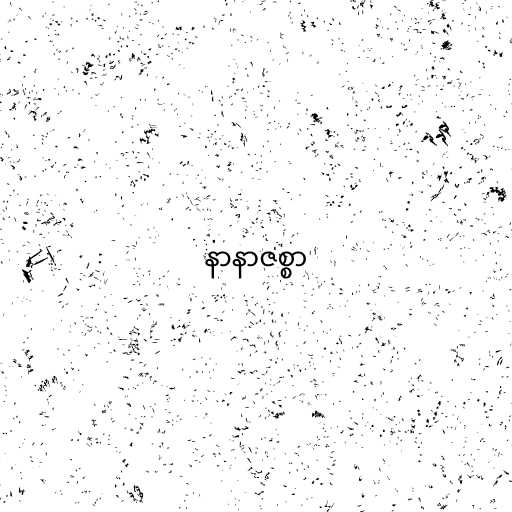
နာနာဇစ္စာ